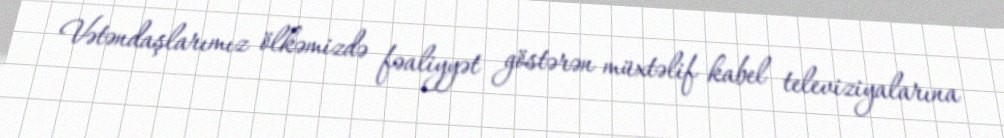
Vətəndaşlarımız ölkəmizdə fəaliyyət göstərən müxtəlif kabel televiziyalarına